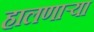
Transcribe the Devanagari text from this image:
हालणार्‍या